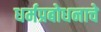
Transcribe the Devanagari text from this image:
धर्मप्रबोधनाचे